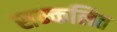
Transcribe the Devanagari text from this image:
सन्कलित